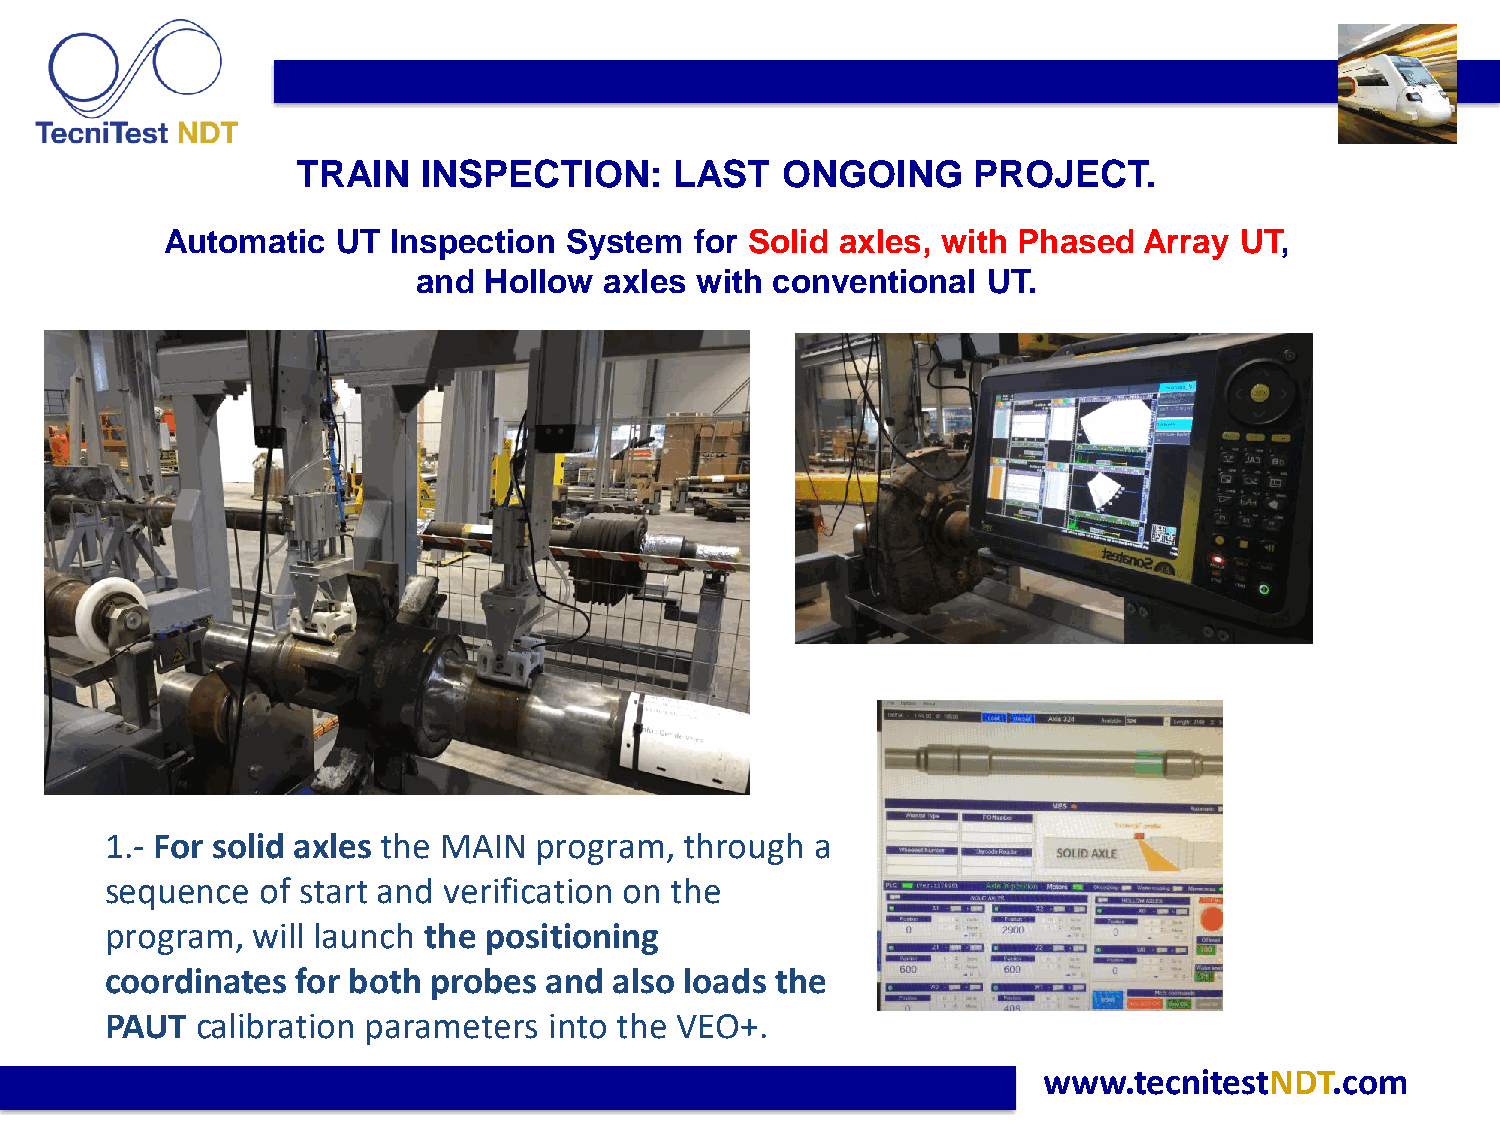
TRAIN   INSPECTION:      LAST   ONGOING     PROJECT.
 Automatic  UT  Inspection System   for Solid axles, with Phased  Array UT,
 and Hollow  axles with conventional  UT.
 1.- For solid axles the MAIN program, through  a
 sequence  of start and verification on the
 program,  will launch the positioning
 coordinates  for both probes and  also loads the
 PAUT  calibration parameters into the VEO+.
 www.tecnitestNDT.com